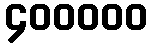
၄၀၀၀၀၀